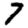
Digit: 7